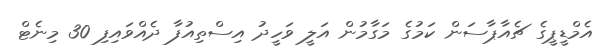
އެމްޑީޕީގެ ޗެއާޕާސަން ކަމުގެ މަގާމުން އަލީ ވަހީދު އިސްތިއުފާ ދެއްވައިފި 30 މިނެޓް